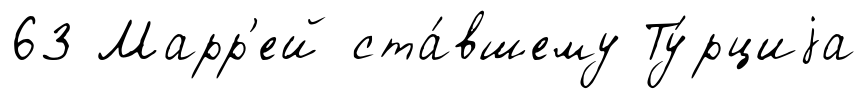
63 Марр'ей ста́вшему Ту́рциjа